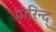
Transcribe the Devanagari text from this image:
पारिन्द्